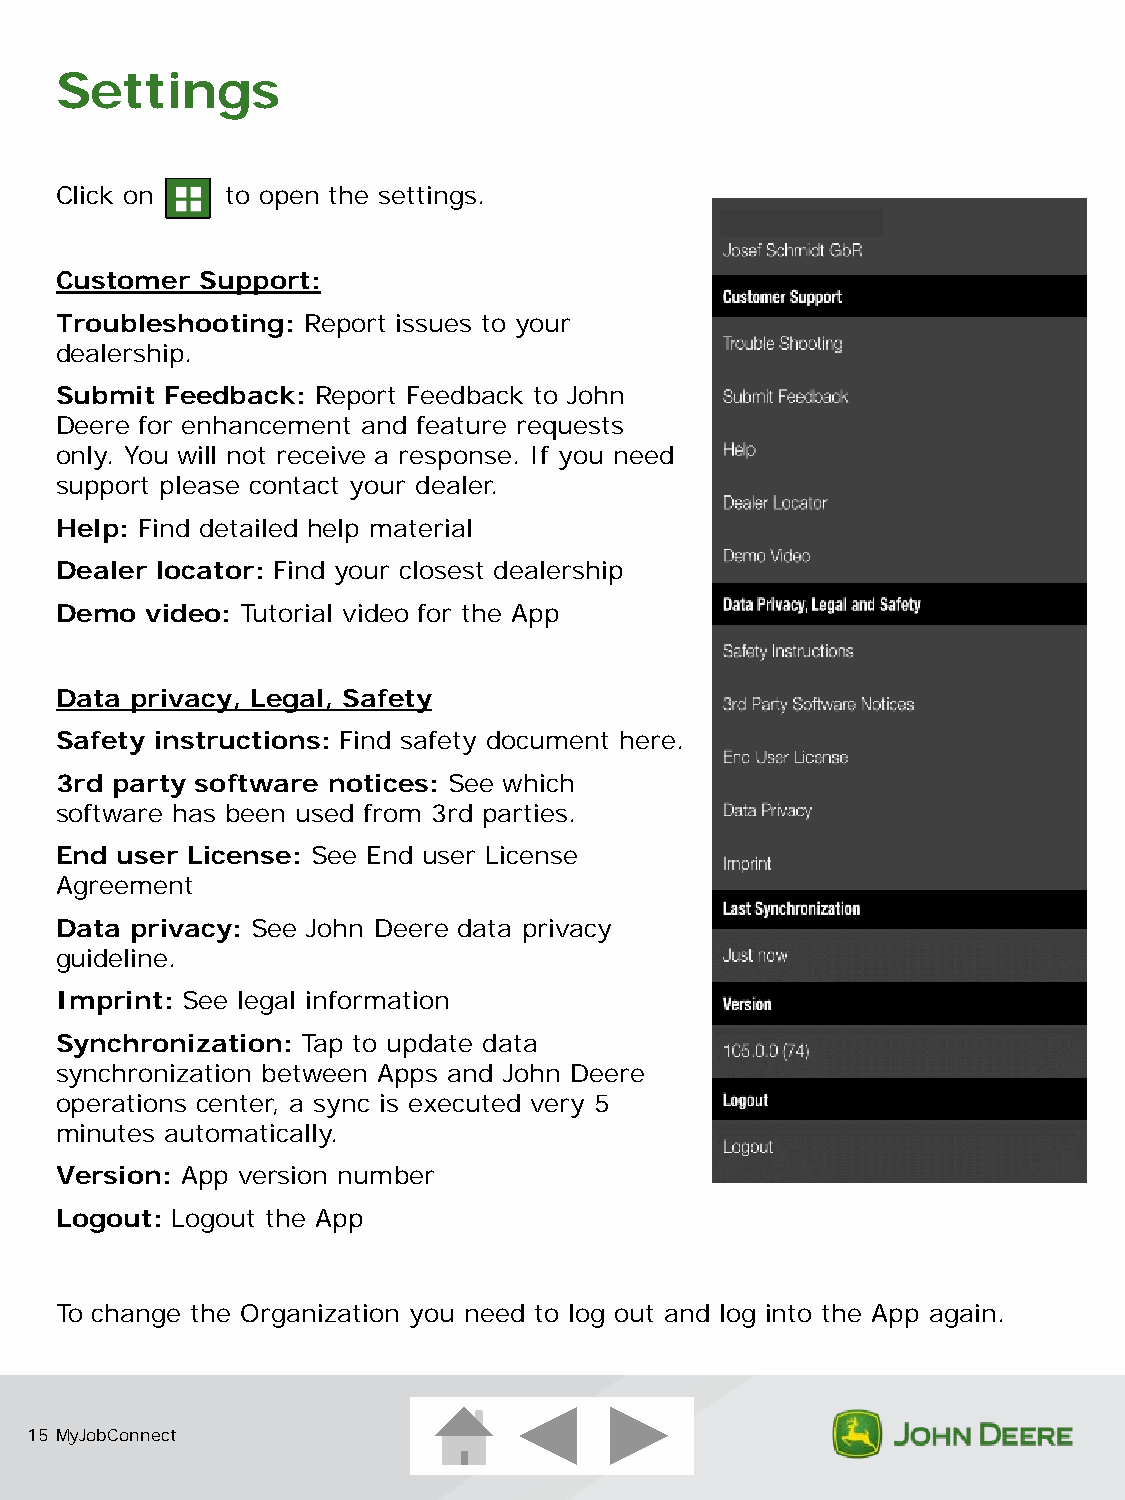
Settings
 Click on   to open the settings.
 Customer Support:
 Troubleshooting: Report issues to your
 dealership.
 Submit Feedback: Report Feedback to John
 Deere for enhancement and feature requests
 only. You will not receive a response. If you need
 support please contact your dealer.
 Help: Find detailed help material
 Dealer locator: Find your closest dealership
 Demo  video: Tutorial video for the App
 Data privacy, Legal, Safety
 Safety instructions: Find safety document here.
 3rd party software notices: See which
 software has been used from 3rd parties.
 End user License: See End user License
 Agreement
 Data privacy: See John Deere data privacy
 guideline.
 Imprint: See legal information
 Synchronization: Tap to update data
 synchronization between Apps and John Deere
 operations center, a sync is executed very 5
 minutes automatically.
 Version: App version number
 Logout: Logout the App
 To change the Organization you need to log out and log into the App again.
 15 MyJobConnect